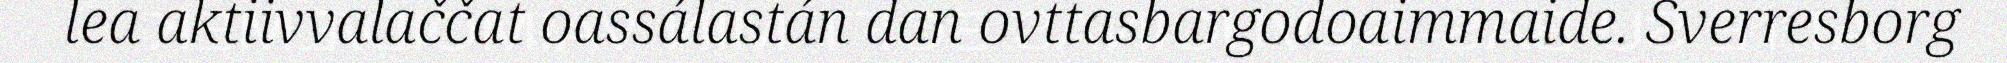
lea aktiivvalaččat oassálastán dan ovttasbargodoaimmaide. Sverresborg